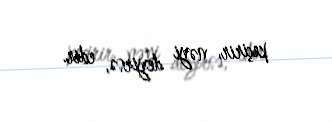
keçirir, nəyi deyirsə, edir.